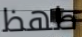
طھظ